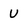
Character: U